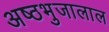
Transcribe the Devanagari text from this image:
अष्ठभुजालाल